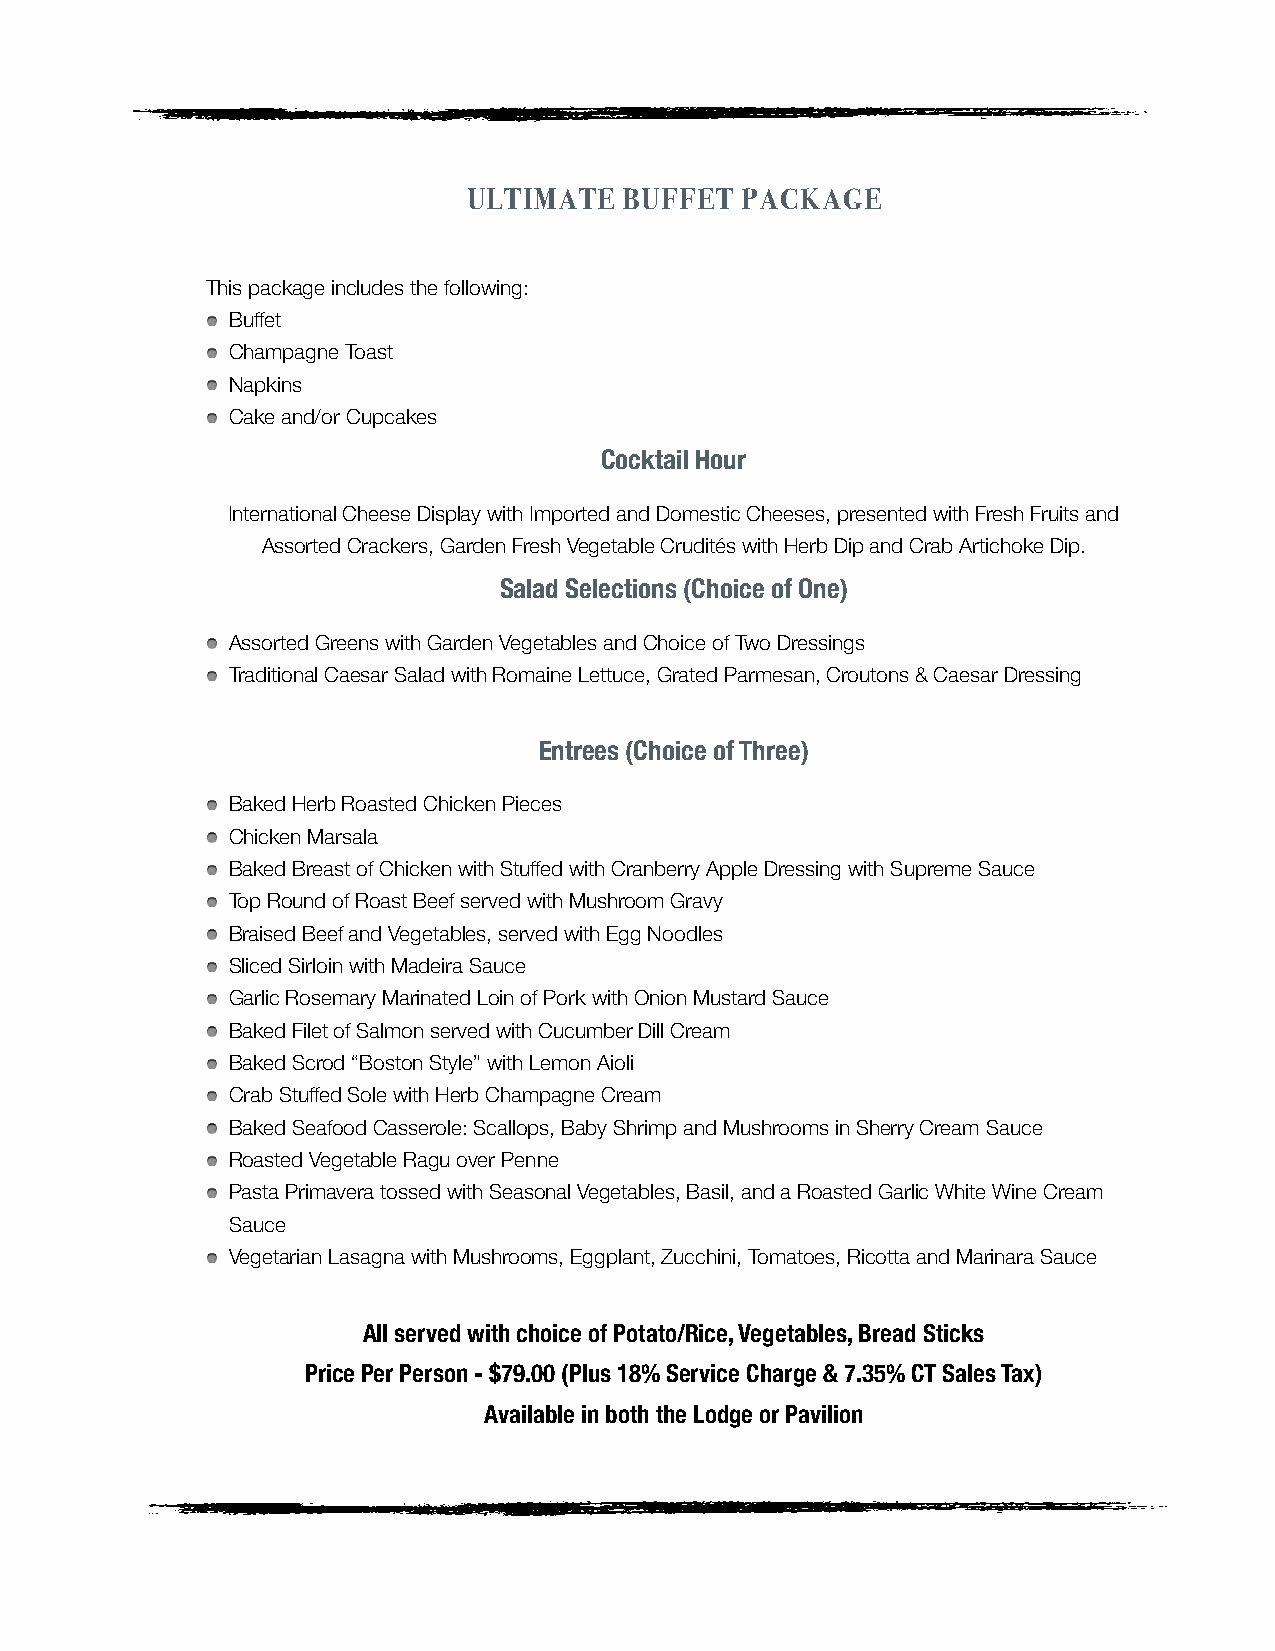
ULTIMATE  BUFFET  PACKAGE
 This package includes the following:
 Buffet
 Champagne Toast
 Napkins
 Cake and/or Cupcakes
 Cocktail Hour
 International Cheese Display with Imported and Domestic Cheeses, presented with Fresh Fruits and
 Assorted Crackers, Garden Fresh Vegetable Crudités with Herb Dip and Crab Artichoke Dip.
 Salad Selections (Choice of One)
 Assorted Greens with Garden Vegetables and Choice of Two Dressings
 Traditional Caesar Salad with Romaine Lettuce, Grated Parmesan, Croutons & Caesar Dressing
 Entrees (Choice of Three)
 Baked Herb Roasted Chicken Pieces
 Chicken Marsala
 Baked Breast of Chicken with Stuffed with Cranberry Apple Dressing with Supreme Sauce
 Top Round of Roast Beef served with Mushroom Gravy
 Braised Beef and Vegetables, served with Egg Noodles
 Sliced Sirloin with Madeira Sauce
 Garlic Rosemary Marinated Loin of Pork with Onion Mustard Sauce
 Baked Filet of Salmon served with Cucumber Dill Cream
 Baked Scrod “Boston Style” with Lemon Aioli
 Crab Stuffed Sole with Herb Champagne Cream
 Baked Seafood Casserole: Scallops, Baby Shrimp and Mushrooms in Sherry Cream Sauce
 Roasted Vegetable Ragu over Penne
 Pasta Primavera tossed with Seasonal Vegetables, Basil, and a Roasted Garlic White Wine Cream
 Sauce
 Vegetarian Lasagna with Mushrooms, Eggplant, Zucchini, Tomatoes, Ricotta and Marinara Sauce
 All served with choice of Potato/Rice, Vegetables, Bread Sticks
 Price Per Person - $79.00 (Plus 18% Service Charge & 7.35% CT Sales Tax)
 Available in both the Lodge or Pavilion